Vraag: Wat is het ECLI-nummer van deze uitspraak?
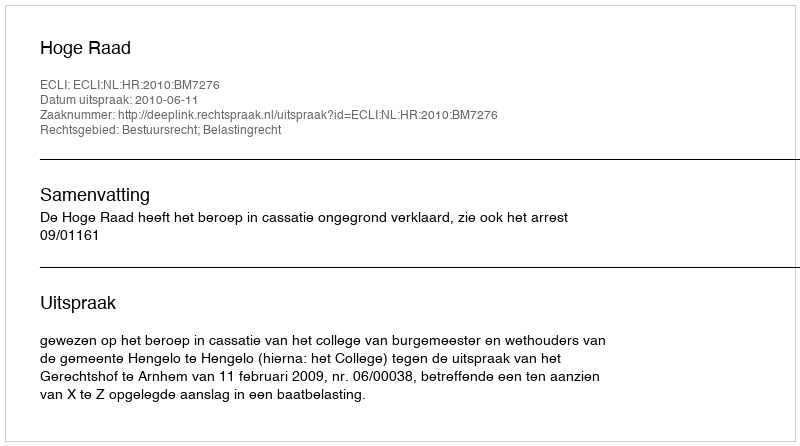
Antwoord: ECLI:NL:HR:2010:BM7276